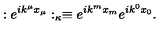
: e ^ { i k ^ { \mu } x _ { \mu } } : _ { \kappa } \equiv e ^ { i k ^ { m } x _ { m } } e ^ { i k ^ { 0 } x _ { 0 } } .